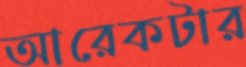
আরেকটার